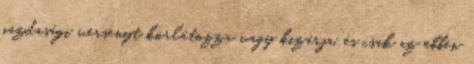
gazdasági versenyt korlátozza vagy kizárja, és csak az ebben